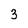
Character: 3